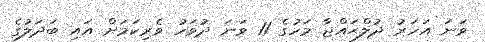
ވަނަ އަހަރު ޛުލްޙައްޖާ މަހުގެ 11 ވަނަ ދުވަހު ވެރިކަމަށް އައި ބަދަލުގެ